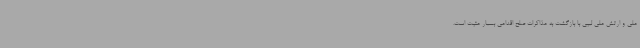
ملی و ارتش ملی لیبی با بازگشت به مذاکرات صلح اقدامی بسیار مثبت است.